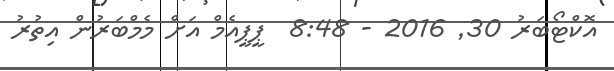
އޮކްޓޯބަރު 30